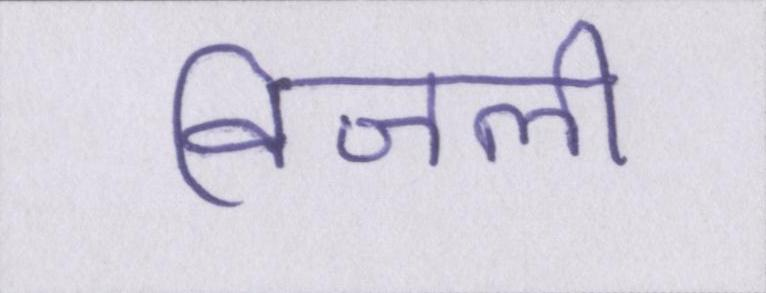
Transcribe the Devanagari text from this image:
विजली